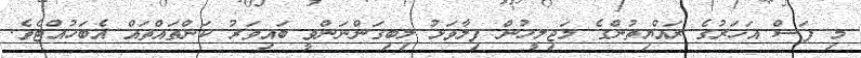
މި ފަސް އަހަރުގެ ރައްޔިތުންގެ މަޖިލީހުން ފިލާވަޅު ލިބިގަންނަންވީ ބައިވަރު ކަންތައްތައް އެބަހުއްޓެވެ.